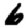
Digit: 6